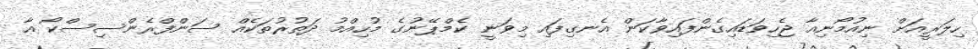
ހިލަރީއަށް ނިއުމޯނިއާ ޖެހިވަޑައިގެންފައިވާކަން އެނގިފައި މިވަނީ ކެމްޕޭނުގެ މުހިއްމު ދަތުރުތަކެއް ސަންފްރެންސިސްކޯ އާ